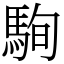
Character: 駨